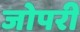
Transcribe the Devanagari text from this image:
जोपरी